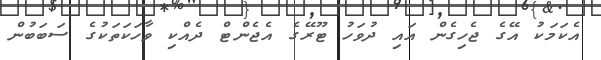
އެކަމަކު އޭގެ ޖެހިގެން އައި ދުވަހު ޓޫރޭގެ އެޖެންޓް ދެއްކި ވާހަކަތަކުގެ ސަބަބުން